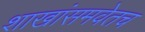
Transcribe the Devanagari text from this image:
शाखांसमवेतच